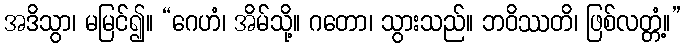
အဒိသွာ၊ မမြင်၍။ “ဂေဟံ၊ အိမ်သို့။ ဂတော၊ သွားသည်။ ဘဝိဿတိ၊ ဖြစ်လတ္တံ့။”